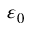
\varepsilon _ { 0 }